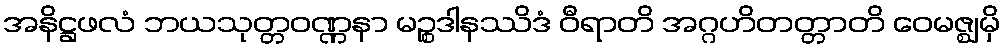
အနိဋ္ဌဖလံ ဘယသုတ္တဝဏ္ဏနာ မဉ္စဒါနဿိဒံ ဝီရာတိ အဂ္ဂဟိတတ္တာတိ ဝေမဇ္ဈမှိ